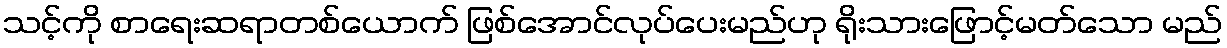
သင့်ကို စာရေးဆရာတစ်ယောက် ဖြစ်အောင်လုပ်ပေးမည်ဟု ရိုးသားဖြောင့်မတ်သော မည်